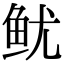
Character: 鱿